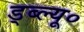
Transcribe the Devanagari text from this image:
ड्ब्ल्यू०